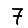
Digit: 7